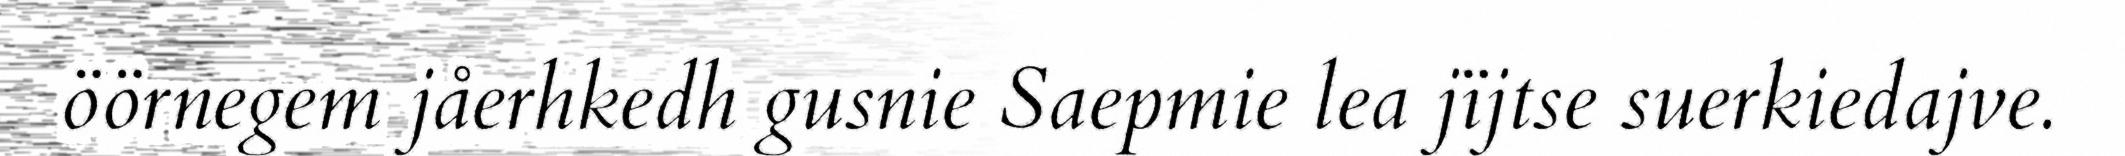
öörnegem jåerhkedh gusnie Saepmie lea jïjtse suerkiedajve.